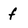
Character: f